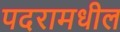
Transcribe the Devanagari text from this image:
पदरामधील